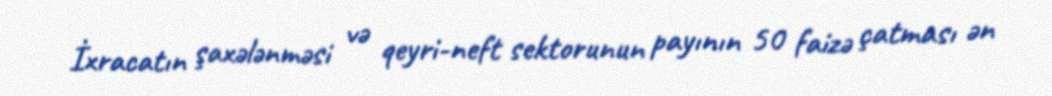
İxracatın şaxələnməsi və qeyri-neft sektorunun payının 50 faizə çatması ən